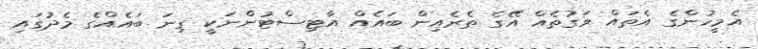
އެމީހުންގެ އެތައް ވަގުތެއް އޭގެ ތެރެއިން ބައެއް އާޓިސްޓުންނަކީ ގިނަ ބައެއްގެ މެދުގައި